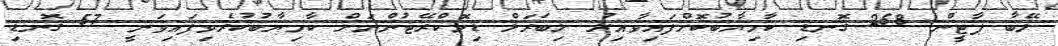
ލޭބާ ޕާޓީން 258 ގޮނޑި ކާމިޔާބުކޮށްފައިވާއިރު ލިބަރަލް ޑިމޮކްރޭޓުންނަށް ކާމިޔާބުކުރެވިފައިވަނީ 57 ގޮނޑި